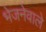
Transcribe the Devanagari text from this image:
भेजनेवाले